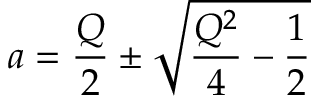
a = \frac { Q } { 2 } \pm \sqrt { \frac { Q ^ { 2 } } { 4 } - \frac { 1 } { 2 } }